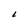
Character: L